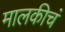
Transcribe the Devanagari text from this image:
मालकीचं